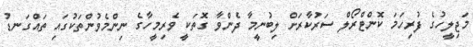
މަޖިލީހުގެ ފުރިހަމަ ކޮންޓްރޯލް ސަރުކާރަށް ލިބުނީމާ ދެންވާ ގޮތަކީ ވެރިމީހާގެ ނިންމެވުންތަކުގައި ތައްގަނޑު